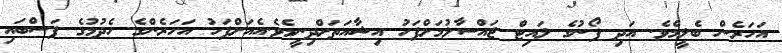
އަހަރެން ބެލީމެވެ. އަދި ފޯނުގެ ލައިޓް ޖައްސާލުމަށްފަހު އިޝާއަތަށްދިނީމެވެ.އެއަށްފަހު އަހަރެންގެ ހެދުމުގެ ފަސްބައި